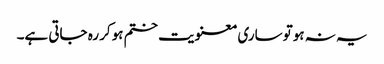
یہ نہ ہوتو ساری معنویت ختم ہوکر رہ جاتی ہے۔